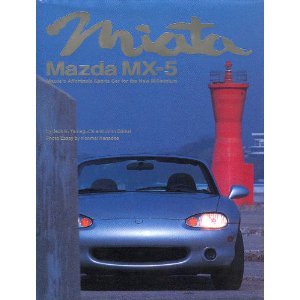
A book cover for Miata, Mazda MX-5: Mazda's Affordable Sports Car for the New Millennium; Jack K. Yamaguchi; Engineering & Transportation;